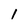
Character: 1